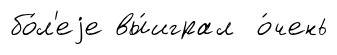
бо́л'еjе вы́играл о́чень